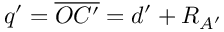
q ^ { \prime } = \overline { { O C ^ { \prime } } } = d ^ { \prime } + R _ { A ^ { \prime } }